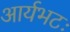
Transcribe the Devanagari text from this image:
आर्यभटः